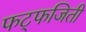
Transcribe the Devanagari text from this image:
फट्फजिती